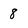
Character: 8